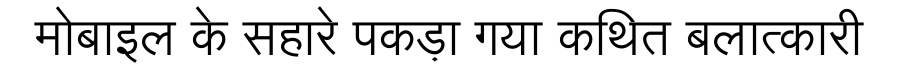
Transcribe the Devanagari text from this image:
मोबाइल के सहारे पकड़ा गया कथित बलात्कारी